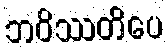
ဘဝိဿတိပေ